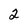
Character: 2